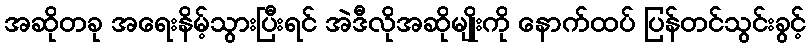
အဆိုတခု အရေးနိမ့်သွားပြီးရင် အဲဒီလိုအဆိုမျိုးကို နောက်ထပ် ပြန်တင်သွင်းခွင့်